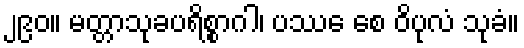
၂၉၀။ မတ္တာသုခပရိစ္စာဂါ၊ ပဿေ စေ ဝိပုလံ သုခံ။